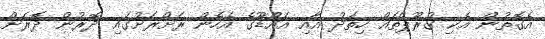
އެގޮތުން އެކި ގުރޫޕްތައް ހިތަދު އާއި އައްޑޫގެ އެހެން ރަށްރަށުގައި ދޮރުން ދޮރަށް